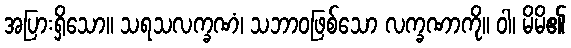
အပြားရှိသော။ သရသလက္ခဏံ၊ သဘာဝဖြစ်သော လက္ခဏာကို။ ဝါ၊ မိမိ၏